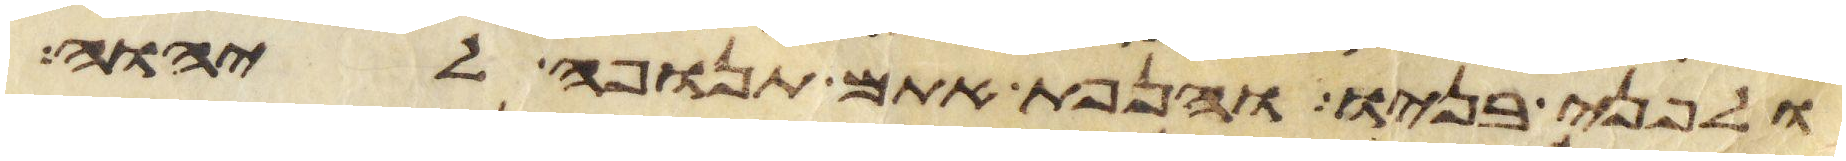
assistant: ולפני בניו והנפת אתם תנופה ליהוה